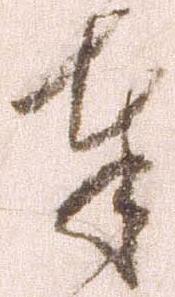
奉